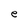
Character: e